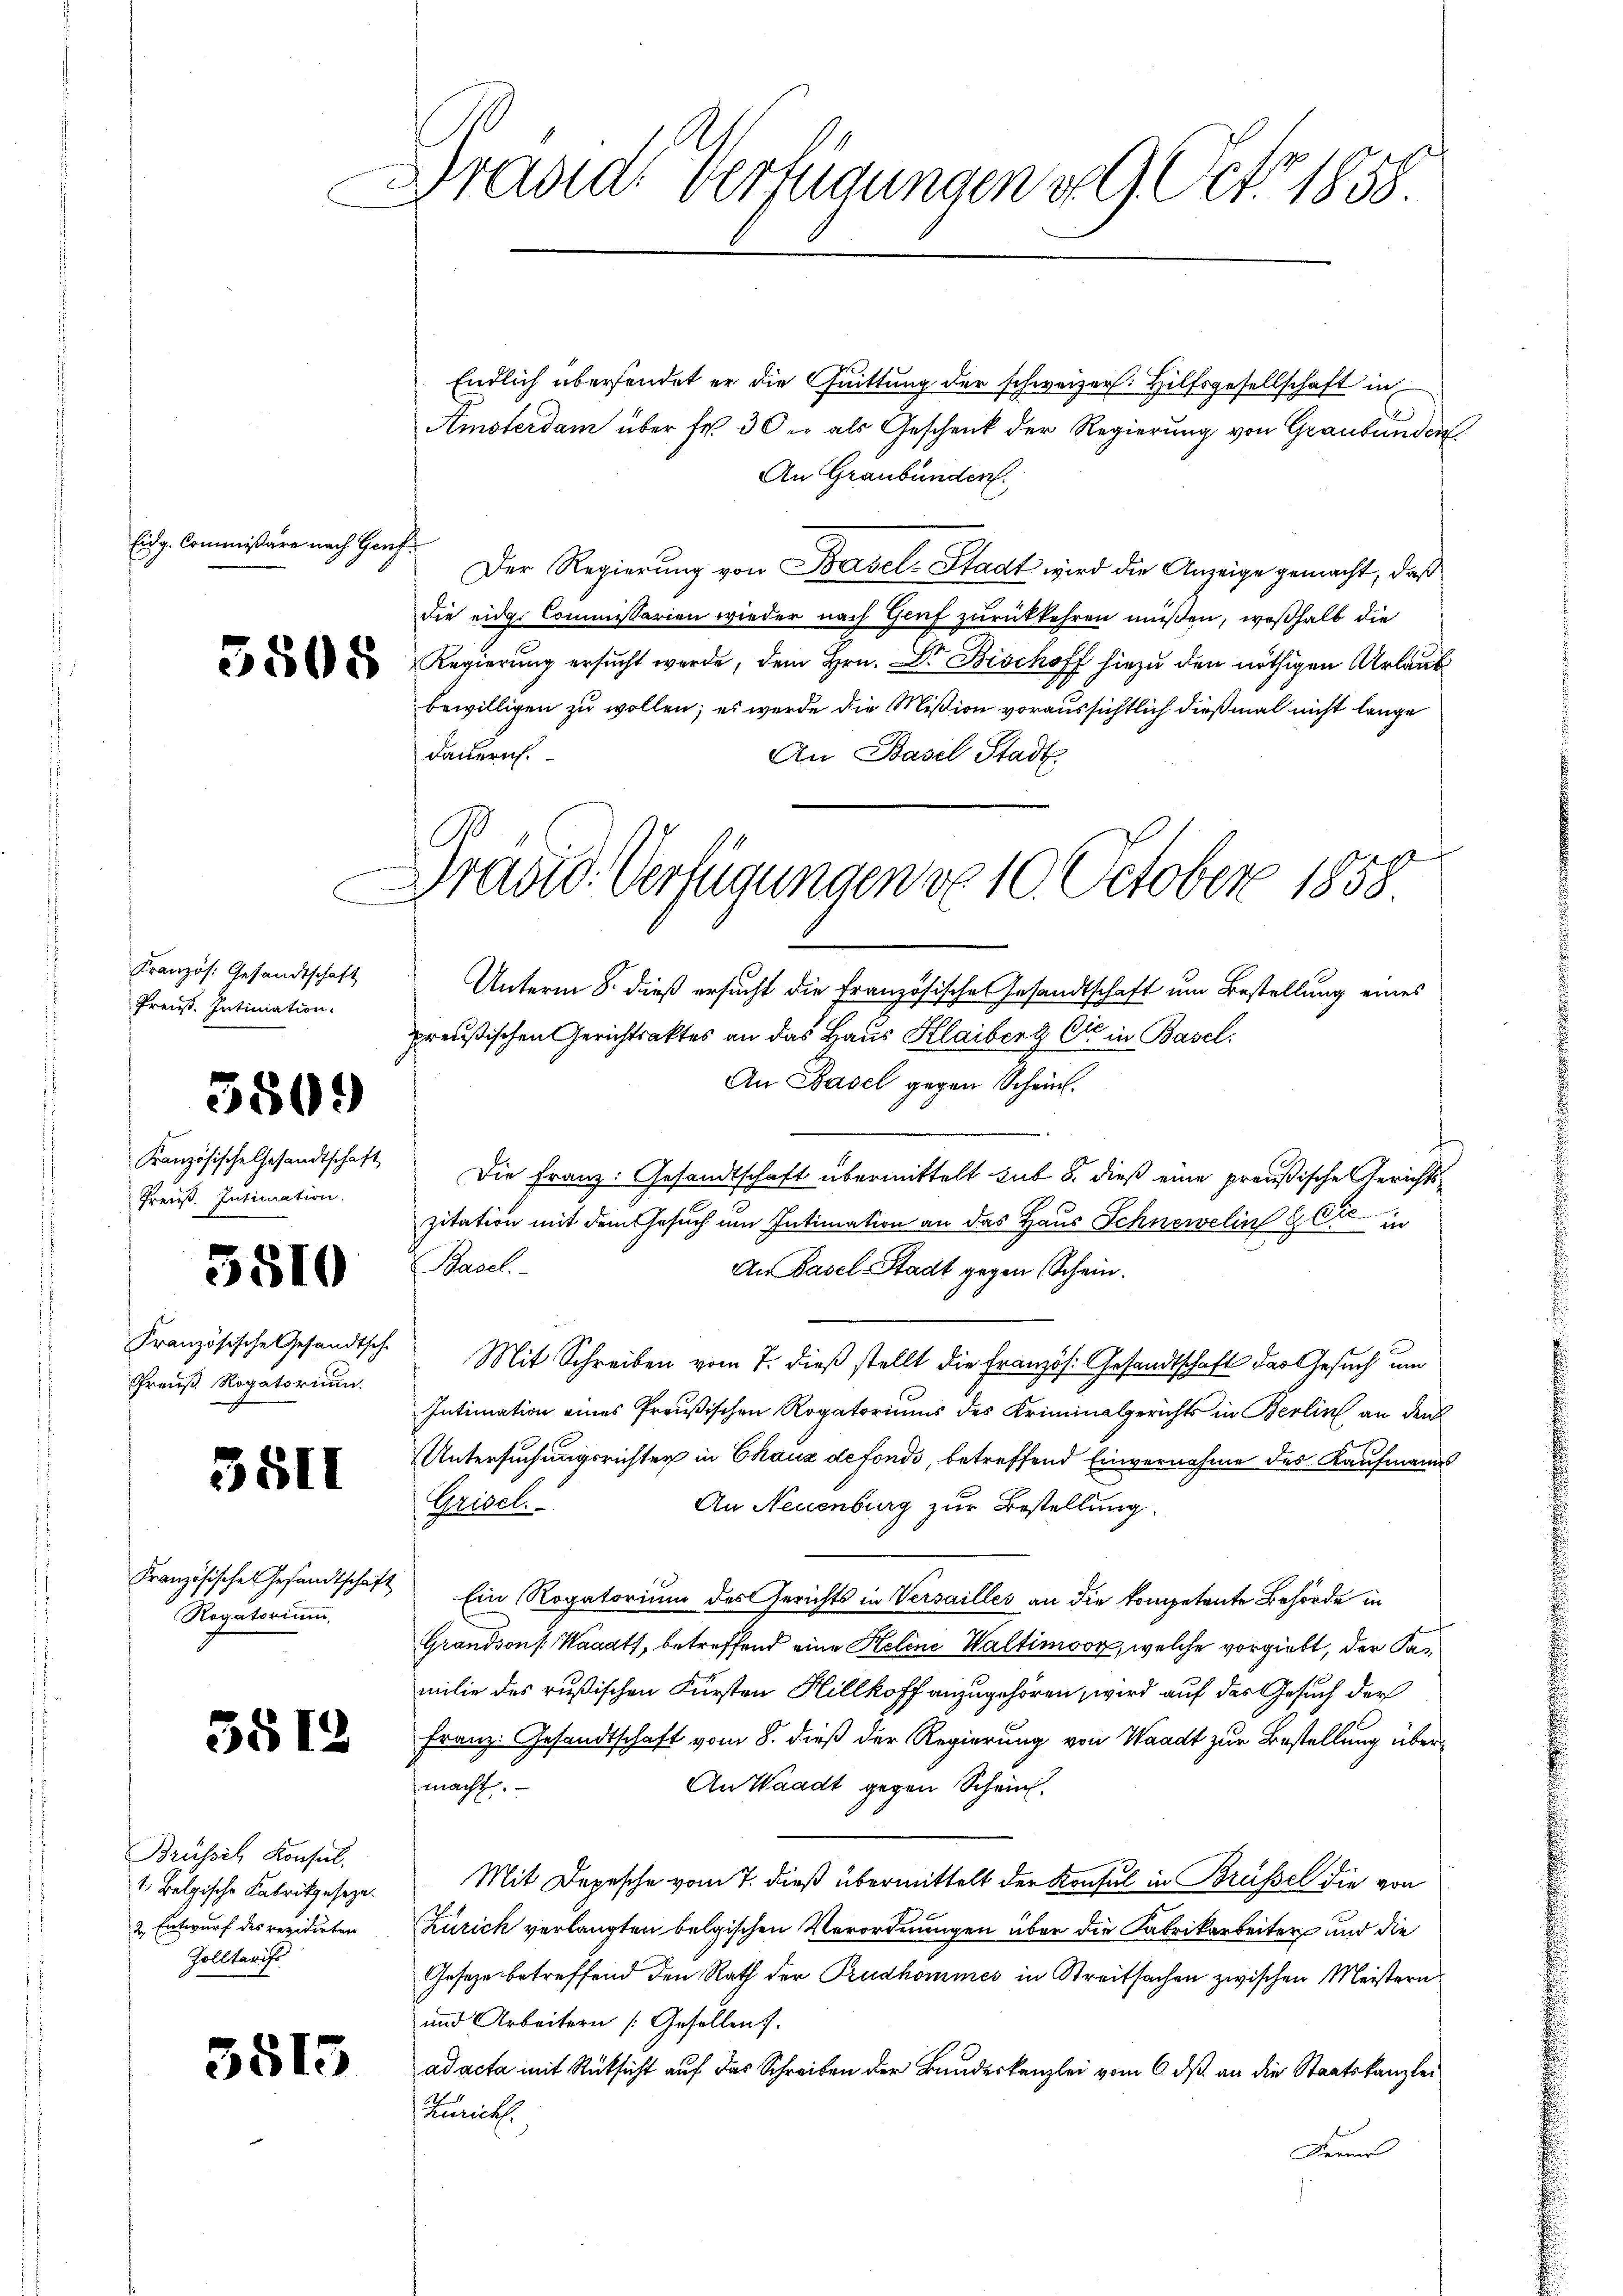
Eidg. Commißäre nach Genf

Kranzös. Gesandtschaft
Preuß. Intimation.

3809

Preuß. Intimation.

3510

Preuß. Rogatorium.

Rogatorium,

Brüssel Konsul.
Zolltarife

3815

Hradidi Verfügungen d. 9. Oct. 1858.

Endlich übersendet er die Quittung der schweizer. Hilfsgesellschaft in
Amsterdam über fr. 30 er als Geschenk der Regierung von Graubünden
An Graubünden.
Der Regierung von Basel-Stadt wird die Anzeige gemacht, daß
die eidge Commissarien wieder nach Genf zurückkehren müßen, weßhalb die
 u Regierŭng ersŭcht werde, dem Hrn. Dr. Bischoff hiezŭ den nöthigen Urlaub
bewilligen zu wollen; es werde die Mißion voraussichtlich dießmal nicht lange
An Basel Stadt
dauerich.
Unterm 8. dieß ersucht die französische Gesandtschaft um Bestellung eines
preußischen Gerichtsaktes an das Haus Klaiber & Cie in Basel:
An Basel gegen Schein.
Kranzösische Gesandtschaft Die Franz: Gesandtschaft übermittelt sub 5. dieß eine preußische Gerichtszitation mit dem Gesuch um Intimation an das Haus Schnewelin 26t in
Basel.
An Basel-Stadt gegen Schein.
Französische Gesandtsch. Mit Schreiben vom 7. dieß stellt die Französ. Gesandtschaft der Gesuch um
Intimation eines Preußischen Rogatoriums des Kriminalgerichts in Berlin an den
Untersuchungsrichter in Chaux de fondi, betreffend Einvernahme des Kaufmanns
3öll Gel
An Neuenburg zur Bestellung.
Französische Gesandtschaft Ein Rogatorium des Gerichts in Versailles an die kompetente Behörde in
Grandson (Waadt, betreffend eine Helene Waltimoor, welche vorgiebt, der Pamilie des rußischen Fürsten Hillkoff anzugehören, wird auf das Gesuch der
  Franz. Gesandtschaft vom 8. dieß der Regierung von Waadt zur Bestellung über¬
An Waadt gegen Schein.
macht.
1. Belgische Fabrikgesetze. Mit Depesche vom 7. dieß übermittelt der Konsul in Brüssel die von
2. Entwurf des revidirten Zürich verlangten belgischen Verordnungen über die Fabrikarbeiter und die
Gesetze betreffend den Rath der Prudhommes in Streitsachen zwischen Meistern
und Arbeitern Gesellen.
ad acta mit Rücksicht auf das Schreiben der Bundeskanzlei vom 6. ds. an die Staatskanzlei
Zürich.
Franer

C

Dradid. Verfügungen von 10. October 1858.